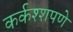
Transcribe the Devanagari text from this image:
कर्कश्शपणे